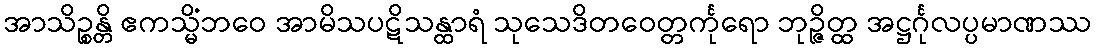
အာသိဉ္စန္တိ ဧကသ္မိံဘဝေ အာမိသပဋိသန္ထာရံ သုသေဒိတဝေတ္တင်္ကုရော ဘုဉ္ဇိတ္ထ အဋ္ဌင်္ဂုလပ္ပမာဏဿ